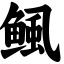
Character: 鲺